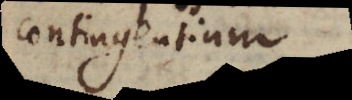
contingentium